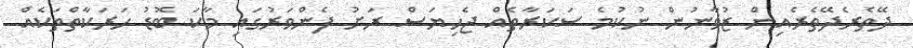
ދޭތެރެދޭތެރެއިން ޒުވާނުން ނުކުމެ ސަކަރާތެއް ޖެހިޔަސް ރަށު ފެންވަރުގައި މާކަ ބޮޑު ހަރަކާތްތަކެއް